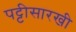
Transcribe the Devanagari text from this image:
पट्टीसारखी